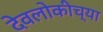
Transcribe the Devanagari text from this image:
देवलोकीच्या